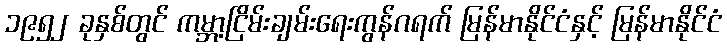
၁၉၅၂ ခုနှစ်တွင် ကမ္ဘာ့ငြိမ်းချမ်းရေးကွန်ဂရက် မြန်မာနိုင်ငံနှင့် မြန်မာနိုင်ငံ